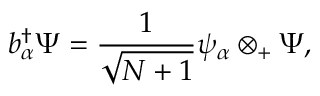
b _ { \alpha } ^ { \dagger } \Psi = { \frac { 1 } { \sqrt { N + 1 } } } \psi _ { \alpha } \otimes _ { + } \Psi ,